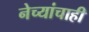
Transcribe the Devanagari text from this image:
नेच्यांचाही